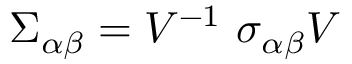
\Sigma _ { \alpha \beta } = V ^ { - 1 } ~ \sigma _ { \alpha \beta } V